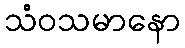
သံဝသမာနော